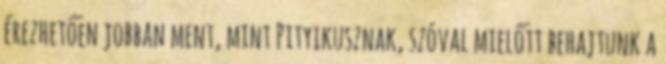
érezhetően jobban ment, mint Pityikusznak, szóval mielőtt behajtunk a